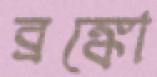
ব্রঙ্কো